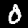
Digit: 0